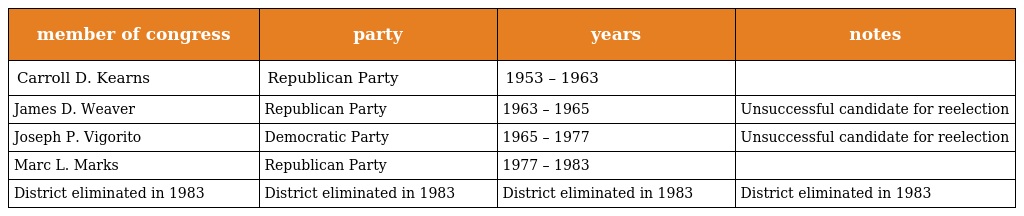
| member of congress | party | years | notes |
 | --- | --- | --- | --- |
 | Carroll D. Kearns | Republican Party | 1953 – 1963 |  |
 | James D. Weaver | Republican Party | 1963 – 1965 | Unsuccessful candidate for reelection |
 | Joseph P. Vigorito | Democratic Party | 1965 – 1977 | Unsuccessful candidate for reelection |
 | Marc L. Marks | Republican Party | 1977 – 1983 |  |
 | District eliminated in 1983 | District eliminated in 1983 | District eliminated in 1983 | District eliminated in 1983 |